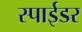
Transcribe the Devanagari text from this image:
स्पाईडर